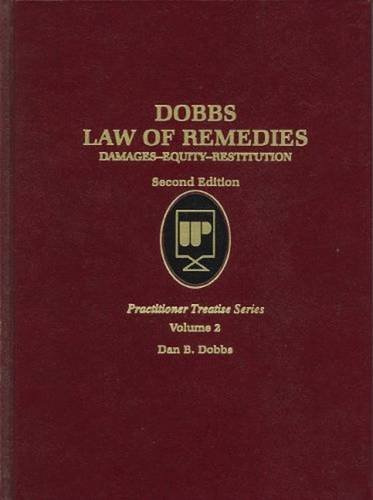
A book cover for Law of Remedies V2 (Practitioner Treatise Series); Dan B. Dobbs; Law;